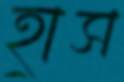
হ্রাস